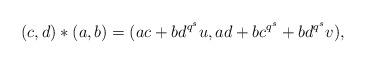
LaTeX: \begin{align*}(c,d)*(a,b)=(ac+bd^{q^s}u , ad+bc^{q^s} + bd^{q^s}v),\end{align*}